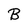
Character: B